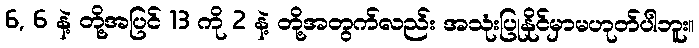
6, 6 နဲ့ တို့အပြင် 13 ကို 2 နဲ့ တို့အတွက်လည်း အသုံးပြုနိုင်မှာမဟုတ်ပါဘူး။